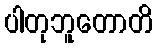
ပါတုဘူတောတိ